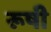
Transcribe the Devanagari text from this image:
रूषी